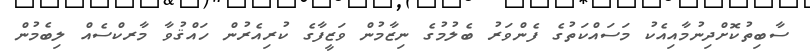
ސާބިތުކޮށްދިނުމާއިއެކު މަސައްކަތުގެ ފެންވަރު ބެލުމުގެ ނިޒާމުން ވަޒީފާގެ ކުރިއެރުން ހައްޤުވާ މާރކްސެއް ލިބެމުން